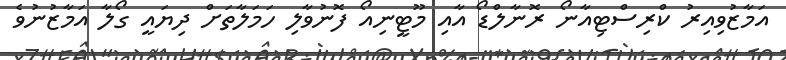
އަމާޒުވިއިރު ކްރިސްޓިއާނޯ ރޮނާލްޑޯ އާއި މޫޓީނިއޯ ފޮނުވާލި ހަމަލާތަށް ދިޔައީ ގޯލާ އަމާޒުނުވެ